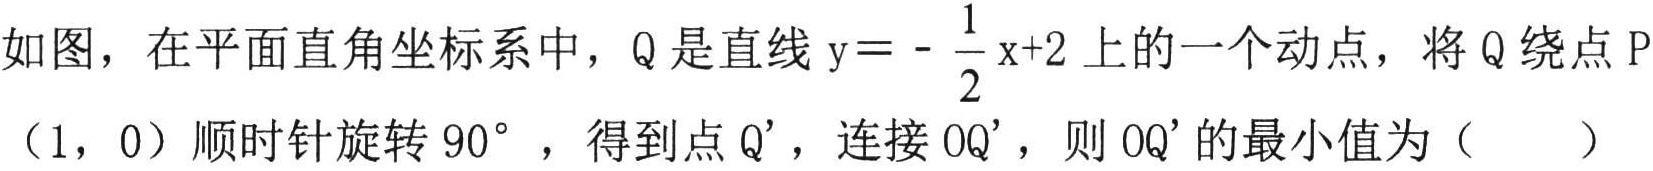
如图，在平面直角坐标系中，Q是直线$\mathrm{y}=-\dfrac{1}{2}\mathrm{x}+2$上的一个动点，将Q绕点P（1，0）顺时针旋转$90^{\circ}$，得到点Q'，连接OQ'，则OQ'的最小值为（  ）